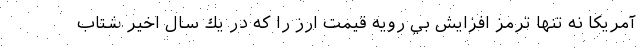
آمريكا نه تنها ترمز افزايش بي رويه قيمت ارز را كه در يك سال اخير شتاب